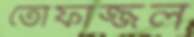
তোফাজ্জল